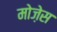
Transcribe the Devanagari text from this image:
मोजे़स